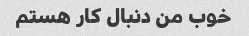
خوب من دنبال کار هستم